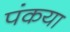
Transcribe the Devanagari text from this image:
पंकया